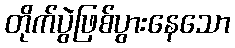
တိုက်ပွဲဖြစ်ပွားနေသော